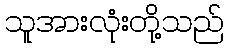
သူအားလုံးတို့သည်